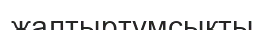
жалтыртұмсықты